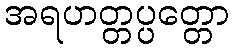
အရဟတ္တပ္ပတ္တော